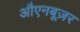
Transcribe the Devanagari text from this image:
औएनबूज़र